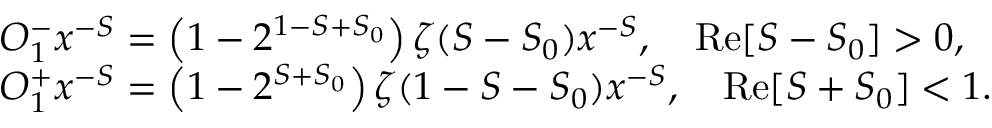
\begin{array} { r l } & { O _ { 1 } ^ { - } x ^ { - S } = \left( 1 - 2 ^ { 1 - S + S _ { 0 } } \right) \zeta ( S - S _ { 0 } ) x ^ { - S } , \quad \mathrm { R e } [ S - S _ { 0 } ] > 0 , } \\ & { O _ { 1 } ^ { + } x ^ { - S } = \left( 1 - 2 ^ { S + S _ { 0 } } \right) \zeta ( 1 - S - S _ { 0 } ) x ^ { - S } , \quad \mathrm { R e } [ S + S _ { 0 } ] < 1 . } \end{array}